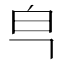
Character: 𰤒